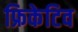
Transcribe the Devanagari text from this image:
फ्रिकेटिव